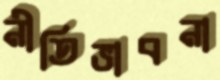
নীতিভাবনা